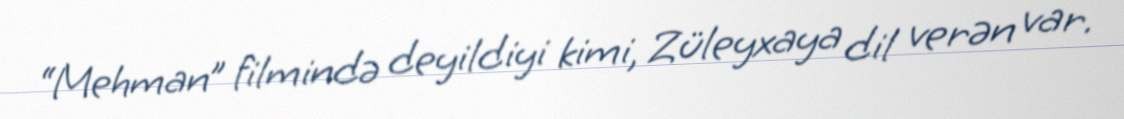
“Mehman” filmində deyildiyi kimi, Züleyxaya dil verən var.